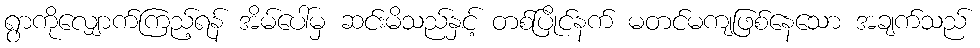
ရွာကိုလျှောက်ကြည့်ရန် အိမ်ပေါ်မှ ဆင်းမိသည်နှင့် တစ်ပြိုင်နက် မတင်မကျဖြစ်နေသော အချက်သည်